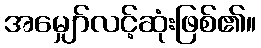
အမျှော်လင့်ဆုံးဖြစ်၏။